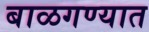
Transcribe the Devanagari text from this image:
बाळगण्यात